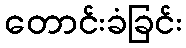
တောင်းခံခြင်း